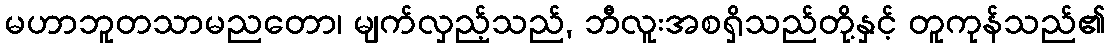
မဟာဘူတသာမညတော၊ မျက်လှည့်သည်, ဘီလူးအစရှိသည်တို့နှင့် တူကုန်သည်၏